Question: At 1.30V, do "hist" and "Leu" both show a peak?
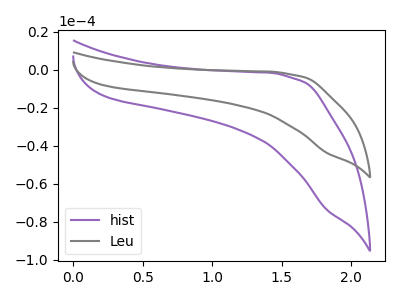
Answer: <think>The purple curve "hist" has no peaks. The gray curve "Leu" has no peaks.</think>
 <answer>No, "hist" and "Leu" dont share a peak at 1.30V.</answer>
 <eval>mismatch</eval>